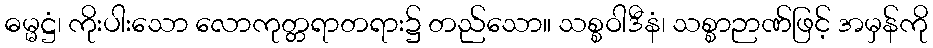
ဓမ္မဋ္ဌံ၊ ကိုးပါးသော လောကုတ္တရာတရား၌ တည်သော။ သစ္စဝါဒီနံ၊ သစ္စာဉာဏ်ဖြင့် အမှန်ကို